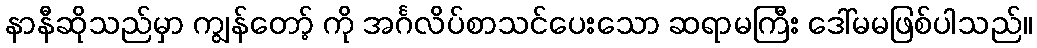
နာနီဆိုသည်မှာ ကျွန်တော့် ကို အင်္ဂလိပ်စာသင်ပေးသော ဆရာမကြီး ဒေါ်မမဖြစ်ပါသည်။